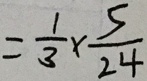
= \frac { 1 } { 3 } \times \frac { 5 } { 2 4 }